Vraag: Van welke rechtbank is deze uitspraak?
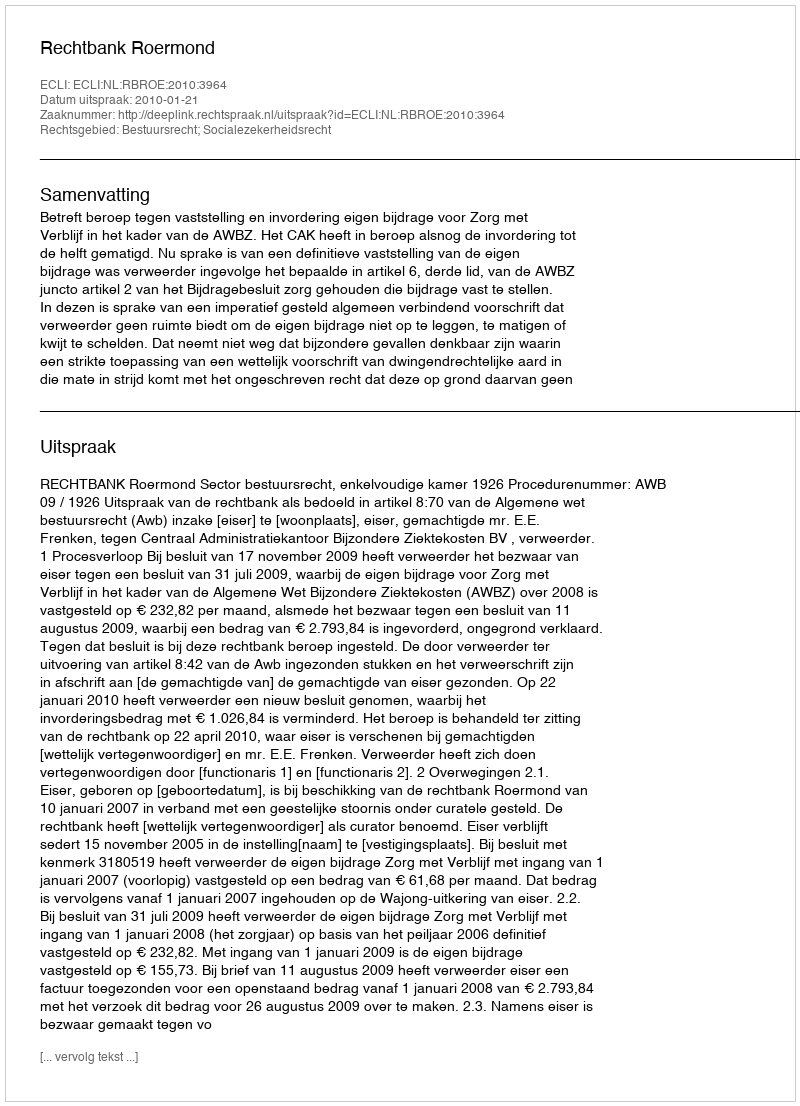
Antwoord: Rechtbank Roermond